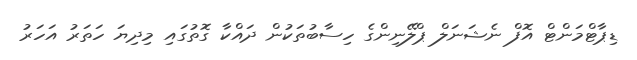
ޑިޕާޓްމަންޓް އޮފް ނެޝަނަލް ޕްލޭނިންގެ ހިސާބުތަކުން ދައްކާ ގޮތުގައި މިދިޔަ ހަތަރު އަހަރު